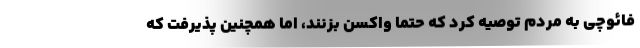
فائوچی به مردم توصیه کرد که حتما واکسن بزنند، اما همچنین پذیرفت که